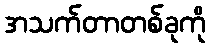
အသက်တာတစ်ခုကို